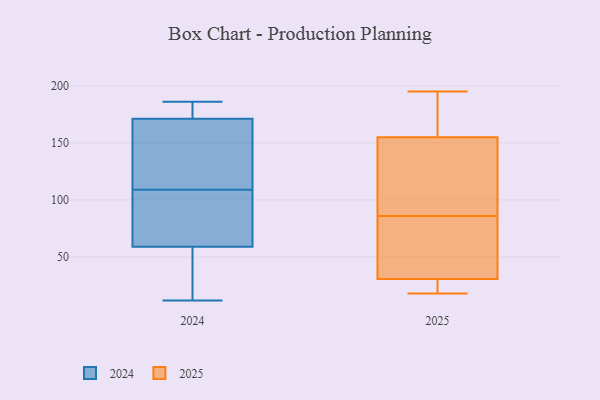
{"axis": {"x": "Temperature (°C)", "y": "Value"}, "legend": ["2024", "2025"], "data": [{"x": "", "y": 12, "type": "2024"}, {"x": "", "y": 109, "type": "2024"}, {"x": "", "y": 39, "type": "2024"}, {"x": "", "y": 94, "type": "2024"}, {"x": "", "y": 178, "type": "2024"}, {"x": "", "y": 59, "type": "2024"}, {"x": "", "y": 59, "type": "2024"}, {"x": "", "y": 171, "type": "2024"}, {"x": "", "y": 83, "type": "2024"}, {"x": "", "y": 148, "type": "2024"}, {"x": "", "y": 57, "type": "2024"}, {"x": "", "y": 101, "type": "2024"}, {"x": "", "y": 122, "type": "2024"}, {"x": "", "y": 186, "type": "2024"}, {"x": "", "y": 150, "type": "2024"}, {"x": "", "y": 172, "type": "2024"}, {"x": "", "y": 186, "type": "2024"}, {"x": "", "y": 86, "type": "2025"}, {"x": "", "y": 31, "type": "2025"}, {"x": "", "y": 94, "type": "2025"}, {"x": "", "y": 195, "type": "2025"}, {"x": "", "y": 49, "type": "2025"}, {"x": "", "y": 182, "type": "2025"}, {"x": "", "y": 191, "type": "2025"}, {"x": "", "y": 83, "type": "2025"}, {"x": "", "y": 24, "type": "2025"}, {"x": "", "y": 48, "type": "2025"}, {"x": "", "y": 167, "type": "2025"}, {"x": "", "y": 151, "type": "2025"}, {"x": "", "y": 145, "type": "2025"}, {"x": "", "y": 30, "type": "2025"}, {"x": "", "y": 139, "type": "2025"}, {"x": "", "y": 21, "type": "2025"}, {"x": "", "y": 18, "type": "2025"}]}